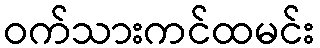
ဝက်သားကင်ထမင်း